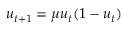
u _ { t + 1 } = \mu u _ { t } ( 1 - u _ { t } )